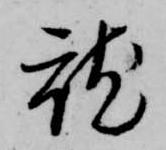
就